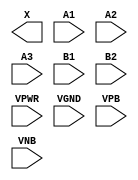
module sky130_fd_sc_ls__o32a (
    X   ,
    A1  ,
    A2  ,
    A3  ,
    B1  ,
    B2  ,
    VPWR,
    VGND,
    VPB ,
    VNB
);

    output X   ;
    input  A1  ;
    input  A2  ;
    input  A3  ;
    input  B1  ;
    input  B2  ;
    input  VPWR;
    input  VGND;
    input  VPB ;
    input  VNB ;
endmodule